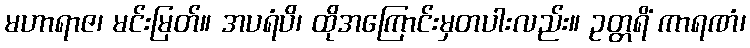
မဟာရာဇ၊ မင်းမြတ်။ အပရံပိ၊ ထိုအကြောင်းမှတပါးလည်း။ ဥတ္တရိံ ကာရဏံ၊